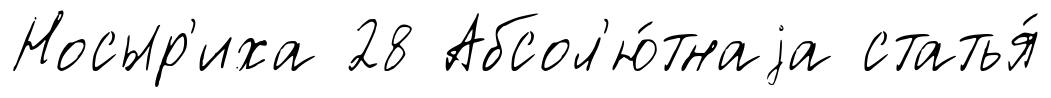
Носыр'иха 28 Абсол'ю́тнаjа статья́